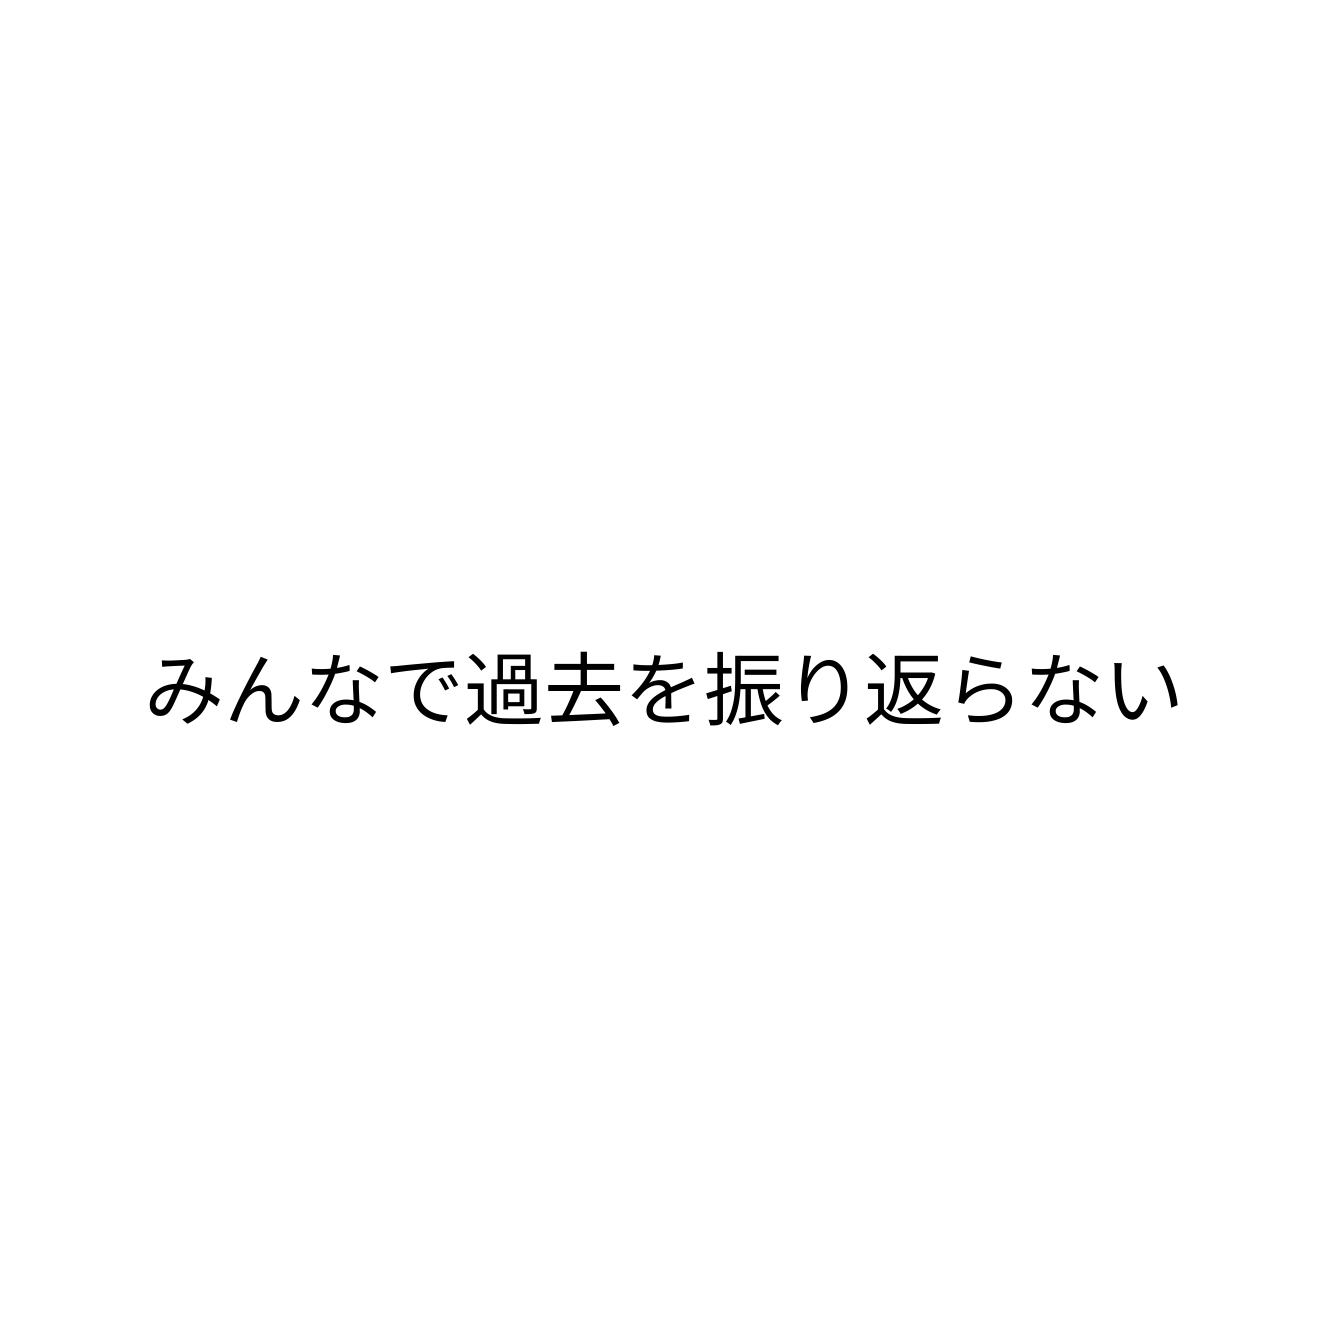
みんなで過去を振り返らない